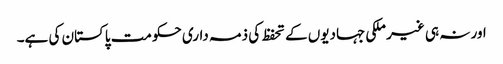
اور نہ ہی غیر ملکی جہادیوں کے تحفظ کی ذمہ داری حکومت پاکستان کی ہے۔